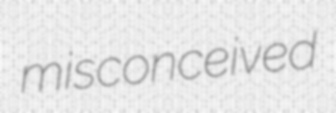
misconceived